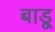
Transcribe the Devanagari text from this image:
बाडू